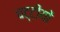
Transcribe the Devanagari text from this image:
चट्टीयों